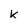
Character: K